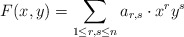
\begin{align*}F(x, y) = \sum_{1 \leq r, s \leq n} a_{r, s} \cdot x^r y^s\end{align*}